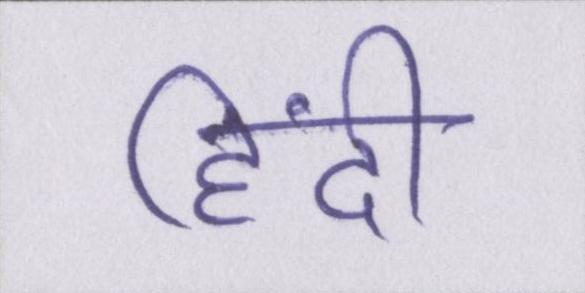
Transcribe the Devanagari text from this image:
हिंदी